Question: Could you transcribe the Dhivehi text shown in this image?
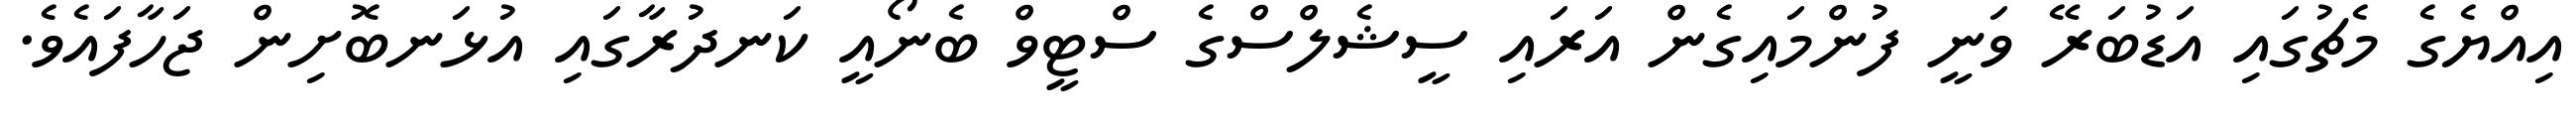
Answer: އިއްޔެގެ މެޗުގައި އަޑުބަރޭ ވަނީ ފުންމައިގެން އަރައި ސީޝެލްސްގެ ސްޓީވް ބެނޯއީ ކަނދުރާގައި އުޅަނބޮށިން ޖަހާފައެވެ.